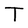
Character: T